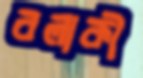
বলাকী